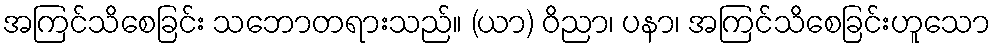
အကြင်သိစေခြင်း သဘောတရားသည်။ (ယာ) ဝိညာ၊ ပနာ၊ အကြင်သိစေခြင်းဟူသော